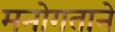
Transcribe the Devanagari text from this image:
मनोगताने